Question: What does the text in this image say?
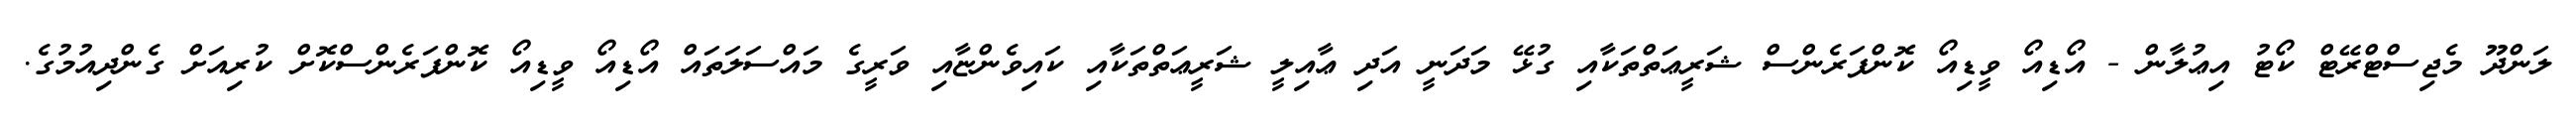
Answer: ލަންދޫ މެޖިސްޓްރޭޓް ކޯޓު އިޢުލާން - އޯޑިއޯ ވީޑިއޯ ކޮންފަރެންސް ޝަރީޢަތްތަކާއި ގުޅޭ މަދަނީ އަދި ޢާއިލީ ޝަރީޢަތްތަކާއި ކައިވެންޏާއި ވަރީގެ މައްސަލަތައް އޯޑިއޯ ވީޑިއޯ ކޮންފަރެންސްކޮށް ކުރިއަށް ގެންދިއުމުގެ.